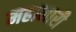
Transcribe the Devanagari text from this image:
महानारी